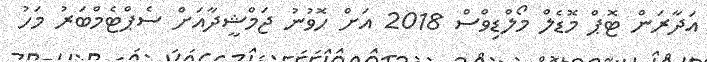
އަދާރަން ޓޮޕް މޮޑެލް މޯލްޑިވްސް 2018 އަށް ހޮވުނު ޖަމްޝީދާއަށް ސެޕްޓެމްބަރު މަހު